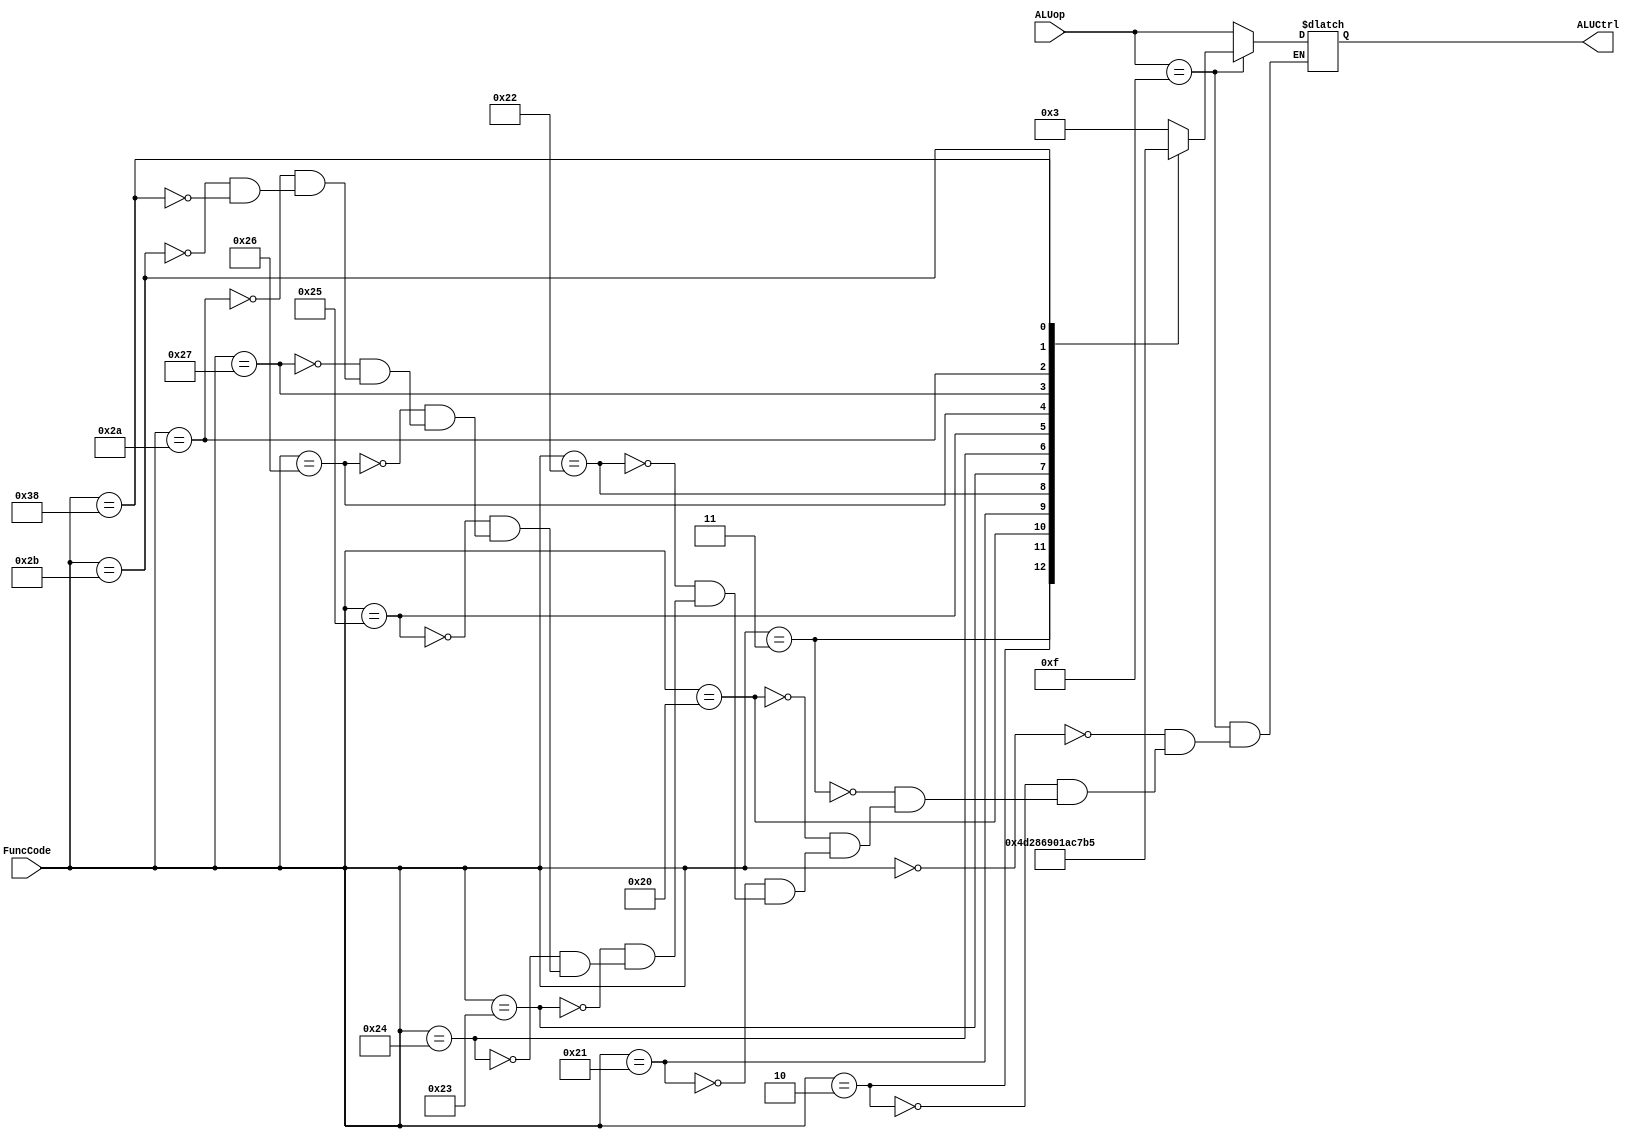
`timescale 1ns / 1ps
module ALUControl (ALUCtrl, ALUop, FuncCode);
	input [3:0] ALUop; //4 bits input
	input [5:0] FuncCode; //6 bits input
	output reg [3:0] ALUCtrl; //4 bits output
	
always @ (*)
begin
if(ALUop==4'b1111) //for R-type instructions
	begin
 		case(FuncCode)
			6'b000000 :ALUCtrl <= #2 4'b0011; //SLL
			6'b000010 :ALUCtrl <= #2 4'b0100; //SRL
			6'b000011 :ALUCtrl <= #2 4'b1101; //SRA
			6'b100000 :ALUCtrl <= #2 4'b0010; //ADD
			6'b100001 :ALUCtrl <= #2 4'b1000; 
			6'b100010 :ALUCtrl <= #2 4'b0110; //SUB
			6'b100011 :ALUCtrl <= #2 4'b1001;
			6'b100100 :ALUCtrl <= #2 4'b0000; //AND
			6'b100101 :ALUCtrl <= #2 4'b0001; //OR
			6'b100110 :ALUCtrl <= #2 4'b1010;
			6'b100111 :ALUCtrl <= #2 4'b1100;
			6'b101010 :ALUCtrl <= #2 4'b0111; //SLT
			6'b101011 :ALUCtrl <= #2 4'b1011;
			6'b111000 :ALUCtrl <= #2 4'b0101;
		endcase
	end
else begin
	ALUCtrl <= #2 ALUop; end//for I-type instructions
	
end
endmodule